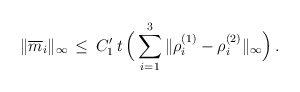
\begin{align*} \|\overline{m}_i \|_\infty \, \le \, C_1' \, t\, \Big(\sum_{i=1}^3 \|\rho_i^{(1)} -\rho_i^{(2)}\|_\infty \Big)\, .\end{align*}